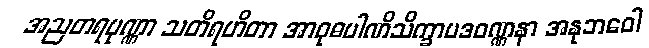
အညတရပုဏ္ဏာ သတိရဟိတာ အာဝုဓပါဏိသိက္ခာပဒဝဏ္ဏနာ အနုဘဝေါ